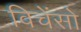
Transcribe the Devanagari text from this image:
विचेंसो